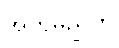
အတိမညတိ